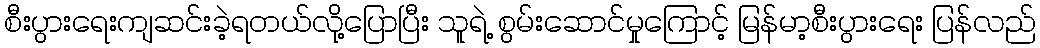
စီးပွားရေးကျဆင်းခဲ့ရတယ်လို့ပြောပြီး သူရဲ့ စွမ်းဆောင်မှုကြောင့် မြန်မာ့စီးပွားရေး ပြန်လည်